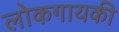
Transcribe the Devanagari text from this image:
लोकगायकी